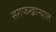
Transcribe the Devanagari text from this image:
सराफखान्यात